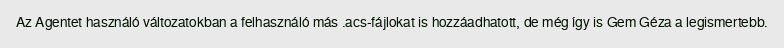
Az Agentet használó változatokban a felhasználó más .acs-fájlokat is hozzáadhatott, de még így is Gem Géza a legismertebb.